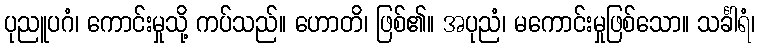
ပုညူပဂံ၊ ကောင်းမှုသို့ ကပ်သည်။ ဟောတိ၊ ဖြစ်၏။ အပုညံ၊ မကောင်းမှုဖြစ်သော။ သင်္ခါရံ၊